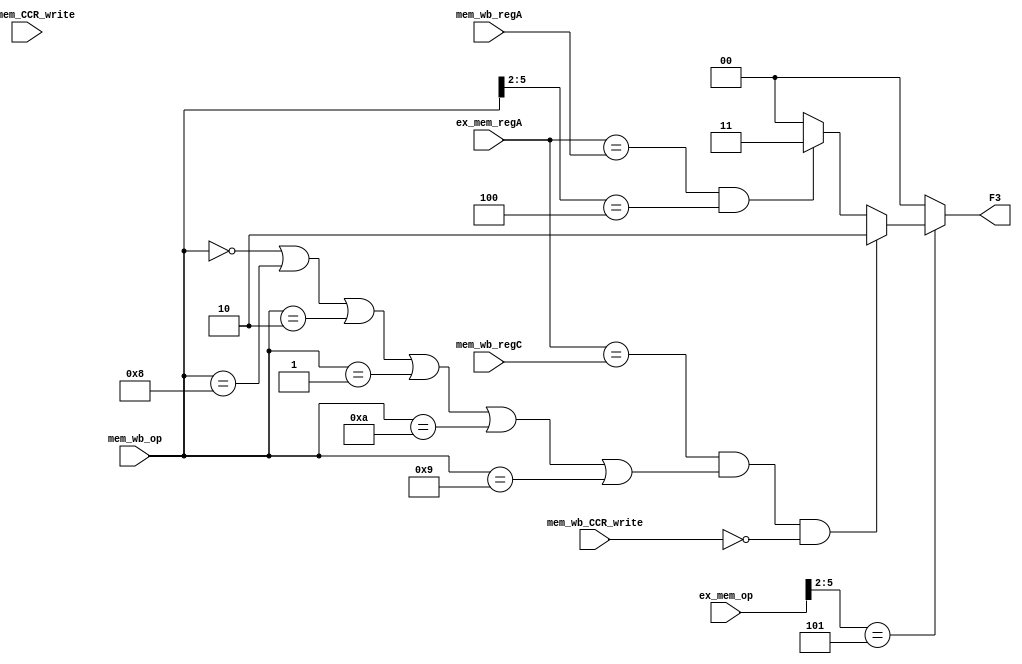
module forward_mem_stage(mem_wb_op,mem_wb_regA,mem_wb_regC,ex_mem_op,ex_mem_regA,F3,mem_wb_CCR_write,ex_mem_CCR_write);


parameter ADD = 6'b000000;
parameter NDU = 6'b001000;
parameter ADC = 6'b000010;
parameter ADZ = 6'b000001;
parameter ADI = 4'b0001;
parameter NDC = 6'b001010;
parameter NDZ = 6'b001001;
parameter LHI = 4'b0011;
parameter LW  = 4'b0100;
parameter SW  = 4'b0101;
parameter LM  = 4'b0110;
parameter SM  = 4'b0111;
parameter BEQ = 4'b1100;
parameter JAL = 4'b1000;
parameter JLR = 4'b1001;

input [2:0] mem_wb_regA,mem_wb_regC,ex_mem_regA;
input [5:0]mem_wb_op,ex_mem_op;
input mem_wb_CCR_write,ex_mem_CCR_write;
output reg [1:0]F3;



always @(*)

begin

		if(ex_mem_op[5:2]==SW)
		begin
			if((ex_mem_regA == mem_wb_regC)&&(mem_wb_op==ADD||mem_wb_op==NDU||mem_wb_op==ADC||mem_wb_op==ADZ
									||mem_wb_op==NDC||mem_wb_op==NDZ)&&(mem_wb_CCR_write==1'b0))
							F3 = 2'd2;//b
							
			else if((ex_mem_regA==mem_wb_regA)&&(mem_wb_op[5:2]==LW))
							F3 = 2'd3;//c
			else	
							F3 = 2'b0;
		end
		
else 
F3 = 2'b0;
end

endmodule